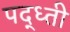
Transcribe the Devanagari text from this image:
पद्ध्ती